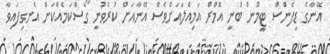
އޭނާގެ ޑިފެންސް ޓީމުން ބުނީ އޮމްރް އަމިއްލައަށްވެސް އޭނާއަށް ކުރެވުނީ ގޯސްކަމެއްކަން އެނގިފައިވާ